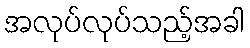
အလုပ်လုပ်သည့်အခါ